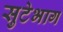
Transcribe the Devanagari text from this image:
सुटेभाग